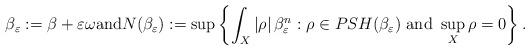
LaTeX: \begin{align*}\beta_\varepsilon: = \beta + \varepsilon \omega \mbox{and} N(\beta_\varepsilon):=\sup\left\{\int_X|\rho|\, \beta_\varepsilon^n: \rho \in PSH(\beta_\varepsilon) \mbox{ and } \sup_X \rho = 0\right\}.\end{align*}